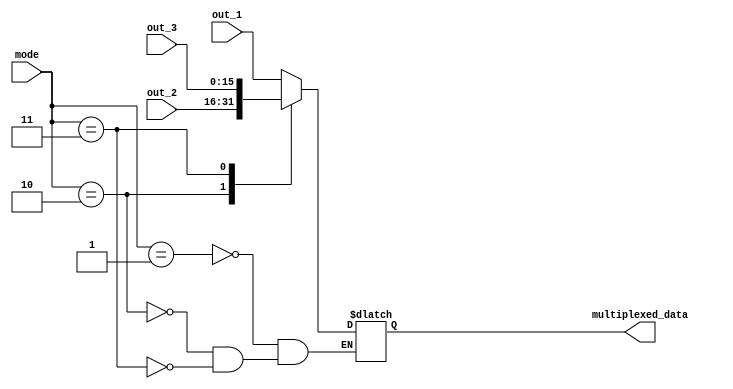
`timescale 1ns / 1ps
module multiplexer( input [15:0] out_1,
                    input [15:0] out_2,
                    input [15:0] out_3,
                    input [1:0]  mode,
                    output reg  [15:0]  multiplexed_data 
                    );
always @(*) begin
case(mode)
2'd1: multiplexed_data <=out_1;
2'd2:multiplexed_data <=out_2;
2'd3:multiplexed_data <=out_3;
endcase
end                    
endmodule